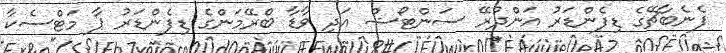
ފެނެބާޗޭގެ ޑިފެންޑަރު އަންދުރޭ ސަންޓޯޝް އަދި ވާޑާ ބްރޭމަންގެ ޑިފެންޑަރު ޕާ މަޓްސެކާ